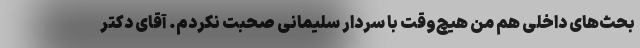
بحث‌های داخلی هم من هیچ‌وقت با سردار سلیمانی صحبت نکردم. آقای دکتر